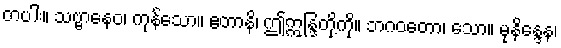
တပါး။ သဗ္ဗာနေဝ၊ ကုန်သော။ ဧတာနိ၊ ဤဣန္ဒြတို့ကို။ ဘဂဝတော၊ သော။ မုနိန္ဒေန၊